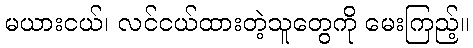
မယားငယ်၊ လင်ငယ်ထားတဲ့သူတွေကို မေးကြည့်။